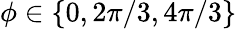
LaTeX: \phi\in\{ 0,2\pi/3,4\pi/3\}